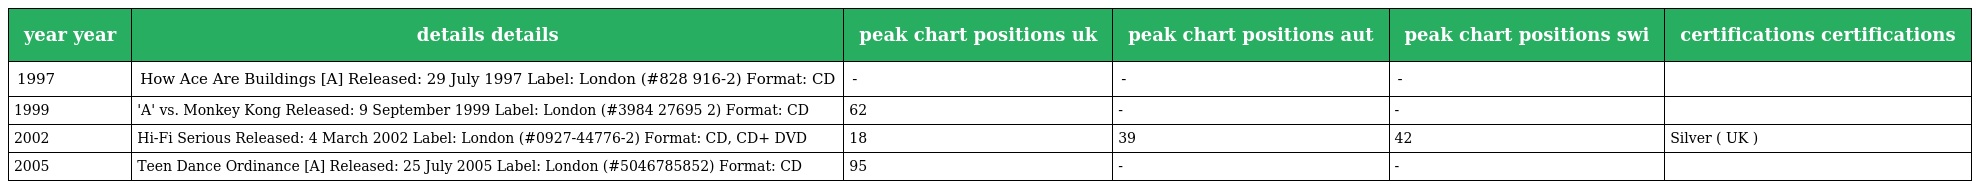
| year year | details details | peak chart positions uk | peak chart positions aut | peak chart positions swi | certifications certifications |
 | --- | --- | --- | --- | --- | --- |
 | 1997 | How Ace Are Buildings [A] Released: 29 July 1997 Label: London (#828 916-2) Format: CD | - | - | - |  |
 | 1999 | 'A' vs. Monkey Kong Released: 9 September 1999 Label: London (#3984 27695 2) Format: CD | 62 | - | - |  |
 | 2002 | Hi-Fi Serious Released: 4 March 2002 Label: London (#0927-44776-2) Format: CD, CD+ DVD | 18 | 39 | 42 | Silver ( UK ) |
 | 2005 | Teen Dance Ordinance [A] Released: 25 July 2005 Label: London (#5046785852) Format: CD | 95 | - | - |  |